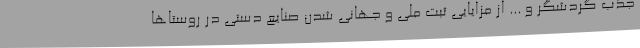
جذب گردشگر و ... از مزایایی ثبت ملی و جهانی شدن صنایع دستی در روستاها